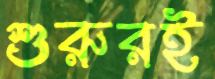
শুরুরই